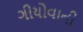
ગીયોવાની